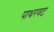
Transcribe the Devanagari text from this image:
पाथरवट